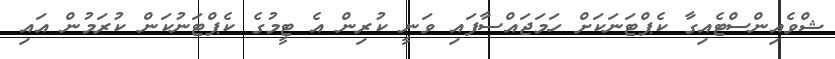
ޝްވެއިންސްޓެއިގާ ކެޕްޓަނަކަށް ހަމަޖައްސާފައި ވަނީ ކުރިން އެ ޓީމުގެ ކެޕްޓަނުކަން ކުރަމުން އައި